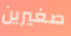
صغيرين